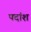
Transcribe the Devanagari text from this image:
पदांश